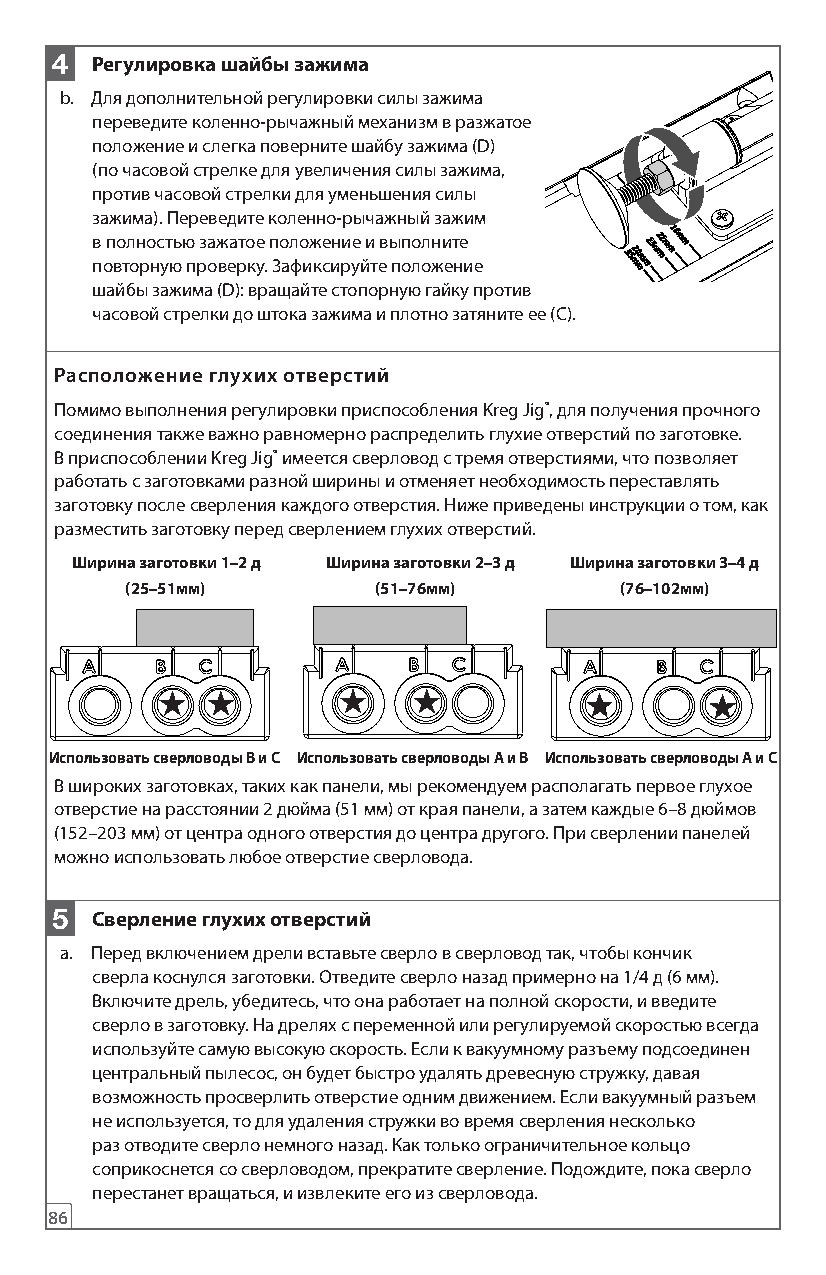
4  Регулировка шайбы зажима
 b. Для дополнительной регулировки силы зажима
 переведите коленно-рычажный механизм в разжатое
 положение и слегка поверните шайбу зажима (D)
 (по часовой стрелке для увеличения силы зажима,
 против часовой стрелки для уменьшения силы
 зажима). Переведите коленно-рычажный зажим
 в полностью зажатое положение и выполните
 повторную проверку. Зафиксируйте положение
 шайбы зажима (D): вращайте стопорную гайку против
 часовой стрелки до штока зажима и плотно затяните ее (C).
 Расположение глухих отверстий
 Помимо выполнения регулировки приспособления Kreg Jig®, для получения прочного
 соединения также важно равномерно распределить глухие отверстий по заготовке.
 В приспособлении Kreg Jig® имеется сверловод с тремя отверстиями, что позволяет
 работать с заготовками разной ширины и отменяет необходимость переставлять
 заготовку после сверления каждого отверстия. Ниже приведены инструкции о том, как
 разместить заготовку перед сверлением глухих отверстий.
 Ширина заготовки 1–2 д Ширина заготовки 2–3 д Ширина заготовки 3–4 д
 (25–51мм)        (51–76мм)       (76–102мм)
 Использовать сверловоды B и C Использовать сверловоды A и B Использовать сверловоды A и C
 В широких заготовках, таких как панели, мы рекомендуем располагать первое глухое
 отверстие на расстоянии 2 дюйма (51 мм) от края панели, а затем каждые 6–8 дюймов
 (152–203 мм) от центра одного отверстия до центра другого. При сверлении панелей
 можно использовать любое отверстие сверловода.
 5  Сверление глухих отверстий
 a. Перед включением дрели вставьте сверло в сверловод так, чтобы кончик
 сверла коснулся заготовки. Отведите сверло назад примерно на 1/4 д (6 мм).
 Включите дрель, убедитесь, что она работает на полной скорости, и введите
 сверло в заготовку. На дрелях с переменной или регулируемой скоростью всегда
 используйте самую высокую скорость. Если к вакуумному разъему подсоединен
 центральный пылесос, он будет быстро удалять древесную стружку, давая
 возможность просверлить отверстие одним движением. Если вакуумный разъем
 не используется, то для удаления стружки во время сверления несколько
 раз отводите сверло немного назад. Как только ограничительное кольцо
 соприкоснется со сверловодом, прекратите сверление. Подождите, пока сверло
 перестанет вращаться, и извлеките его из сверловода.
 86